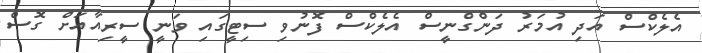
އެލެކްސް އަދި އުމަރު ދަންގްނީސް އެލެކްސް ފޮނުވި ސިޓީގައި ވަނީ ސީރިއާއަށް ގޮސް